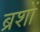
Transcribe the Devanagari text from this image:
ब्रशों